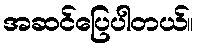
အဆင်ပြေပါတယ်။